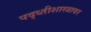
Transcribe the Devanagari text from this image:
पद्ध्तीशास्त्रावर